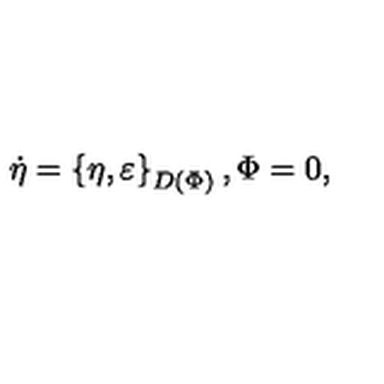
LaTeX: \dot { \eta } = \left\{ \eta , \varepsilon \right\} _ { D ( \Phi ) } , \Phi = 0 ,